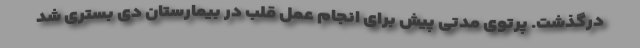
درگذشت. پرتوی مدتی پیش برای انجام عمل قلب در بیمارستان دی بستری شد